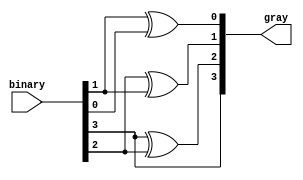
module BinaryToGray(
    input [3:0] binary, // 4-bit binary input
    output reg [3:0] gray // 4-bit Gray code output
);

    always @(*) begin
        gray[3] = binary[3];
        gray[2] = binary[3] ^ binary[2];
        gray[1] = binary[2] ^ binary[1];
        gray[0] = binary[1] ^ binary[0];
    end

endmodule